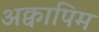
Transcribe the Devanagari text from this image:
अक्वापिम